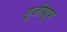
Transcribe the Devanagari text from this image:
इजीग्रुप